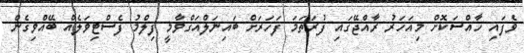
ވެފައި ހާއްސަކޮށް މިއަހަރު ރާއްޖޭގައި ފުރަތަމަ ފަހަރަށް ބައިނަލްއަގްވާމީ ފިލްމު ފެސްޓިވަލެއް ބޭއްވިގެން